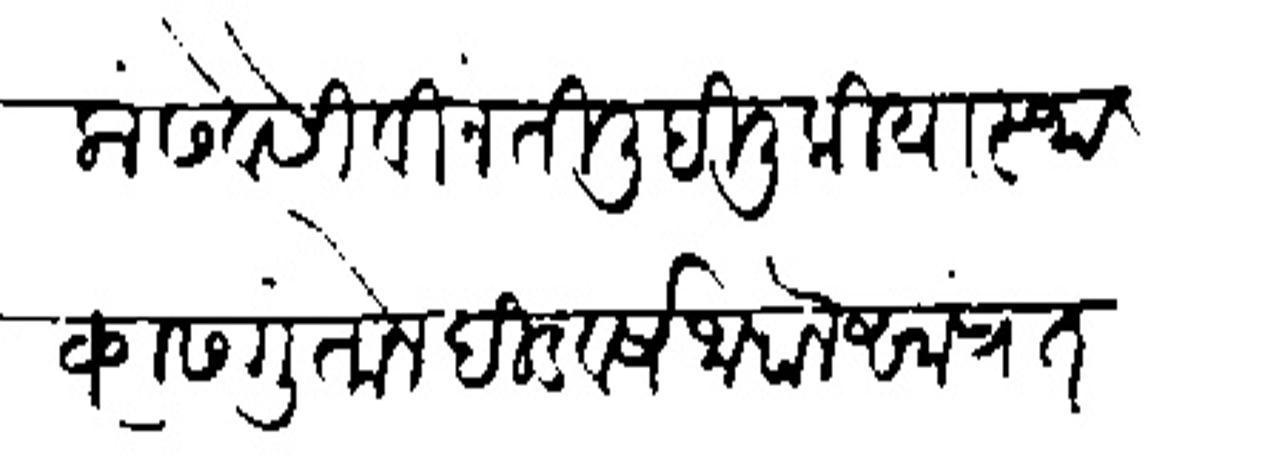
Transliteration (Devanagari): लां सेवेसी विनंती लिहिली की या स्थळास गुंतोन दीड वर्ष जाहाले सांप्रत